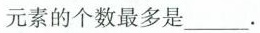
元素的个数最多是___。